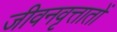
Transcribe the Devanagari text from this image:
जीवनवृत्तातों